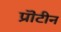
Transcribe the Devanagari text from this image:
प्रॊटीन